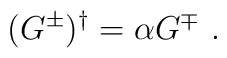
(G^\pm)^\dagger =\alpha G^\mp{}~.